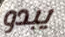
يبدو